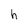
Character: h